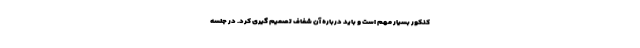
کنکور بسیار مهم است و باید درباره آن شفاف تصمیم گیری کرد. در جلسه